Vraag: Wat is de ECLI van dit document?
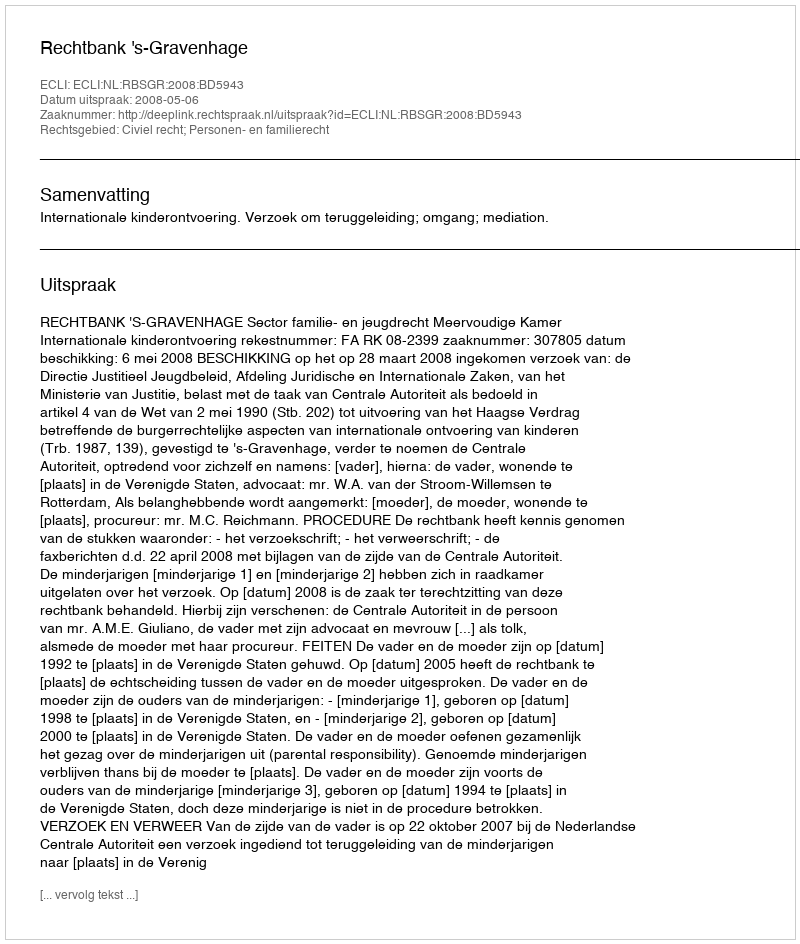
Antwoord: ECLI:NL:RBSGR:2008:BD5943